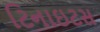
ટિનાઇટસ